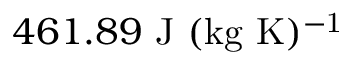
4 6 1 . 8 9 ~ \mathrm { J ~ ( k g ~ K ) ^ { - 1 } }